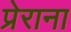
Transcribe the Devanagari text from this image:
प्रेराना